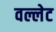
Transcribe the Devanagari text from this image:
वल्लेट